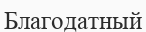
Благодатный